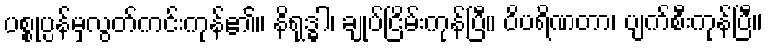
ပစ္စုပ္ပန်မှလွတ်ကင်းကုန်၏။ နိရုဒ္ဓါ၊ ချုပ်ငြိမ်းကုန်ပြီ။ ဝိပရိဏတာ၊ ပျက်စီးကုန်ပြီ။